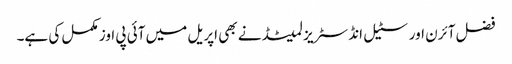
فضل آئرن اور سٹیل انڈسٹریز لمیٹڈ نے بھی اپریل میں آئی پی اوز مکمل کی ہے۔